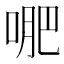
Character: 𭈙